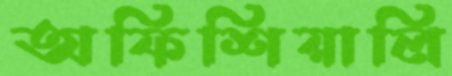
অফিশিয়ালি